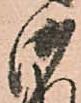
御